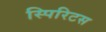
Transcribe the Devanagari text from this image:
स्पिरिटस